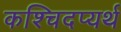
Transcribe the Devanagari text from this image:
कश्चिदप्यर्थ